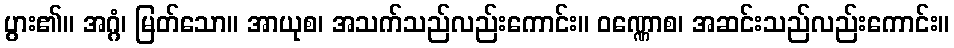
ပွား၏။ အဂ္ဂံ၊ မြတ်သော။ အာယုစ၊ အသက်သည်လည်းကောင်း။ ဝဏ္ဏောစ၊ အဆင်းသည်လည်းကောင်း။